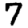
Digit: 7